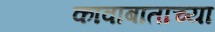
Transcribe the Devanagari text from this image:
कावाबाताच्या